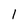
Character: 1